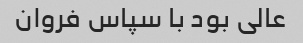
عالی بود با سپاس فروان